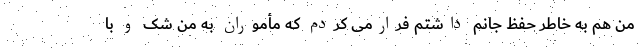
من هم به خاطر حفظ جانم داشتم فرارمی کردم که مأموران به من شک و با